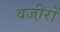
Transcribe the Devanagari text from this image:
वजी़रों